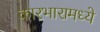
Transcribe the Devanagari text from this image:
कारभारामध्ये